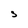
Character: S